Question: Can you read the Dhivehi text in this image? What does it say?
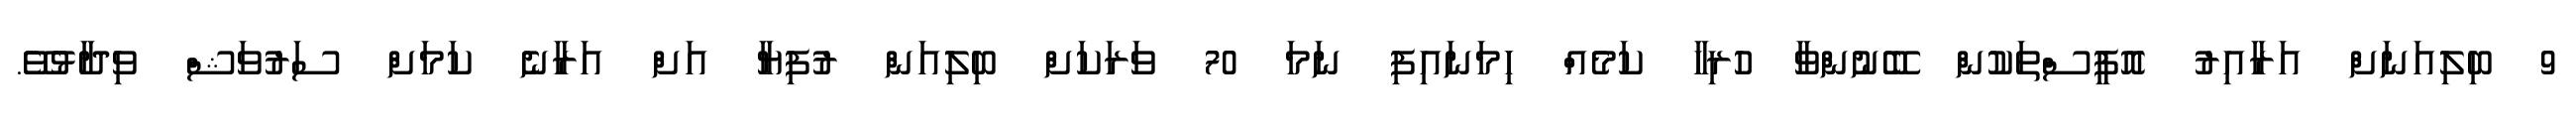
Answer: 9 ބިލިއަނަށް އަރާއިރު އޮފީސްތަކުން ބޭނުންވާ ހުރިހާ ކަމެއް ހިމަނައިފި ނަމަ 70 ވަރަކަށް ބިލިއަން ރުފިޔާ އަށް އަރާނެ ކަމަށް ސަރުވަޝް ވިދާޅުވޭ.